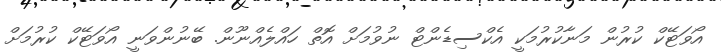
އޯވަޓޭކް ކުރުން މަނާކުރުމަކީ އެކްސިޑެންޓް ނުވުމަށް އޮތްް ހައްލެއްނޫން. ބޭނުންވަނީ އޯވަޓޭކް ކުރުމަށް